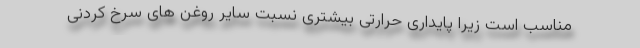
مناسب است زیرا پایداری حرارتی بیشتری نسبت سایر روغن های سرخ کردنی